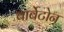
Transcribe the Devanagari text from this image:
बार्बेटोन